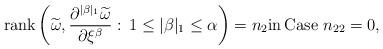
LaTeX: \begin{align*}{\rm rank}\left(\widetilde{\omega},\frac{\partial^{|\beta|_1}\widetilde{\omega}}{\partial\xi^{\beta}}:\, 1\leq |\beta|_1\leq \alpha\right)=n_2 {\rm in\, Case }\,\,n_{22}=0,\end{align*}